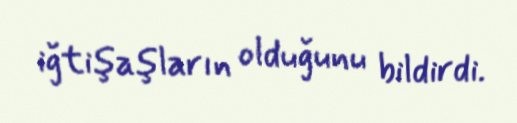
iğtişaşların olduğunu bildirdi.